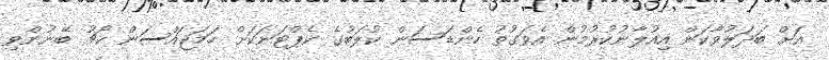
އަށް ބަދަލުވާކަން އިއުލާނުކުރުމުން އެވަގުތު ހެންޑަސަން ކުލަބުގެ ކެޕްޓަނަކަށް ހަމަޖައްސަން ކޯޗު ބޭނުންވި